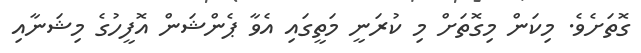
ގޮތަށެވެ. މިކަން މިގޮތަށް މި ކުރަނީ މަތީގައި އެވާ ޕެންޝަން އޮފީހުގެ މިޝަނާއި